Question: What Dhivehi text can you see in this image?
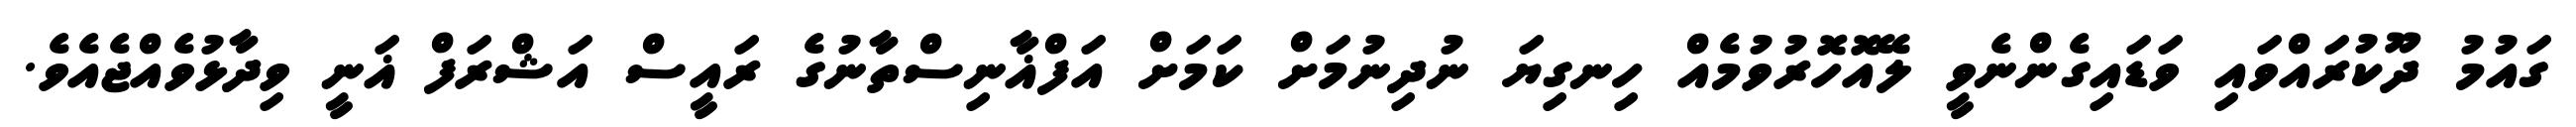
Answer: ގައުމު ދޫކުރައްވައި ވަޑައިގެންނެވީ ލޭއޮހޮރުވުމެއް ހިނގިޔަ ނުދިނުމަށް ކަމަށް އަފްޣާނިސްތާނުގެ ރައީސް އަޝްރަފް ޣަނީ ވިދާޅުވެއްޖެއެވެ.